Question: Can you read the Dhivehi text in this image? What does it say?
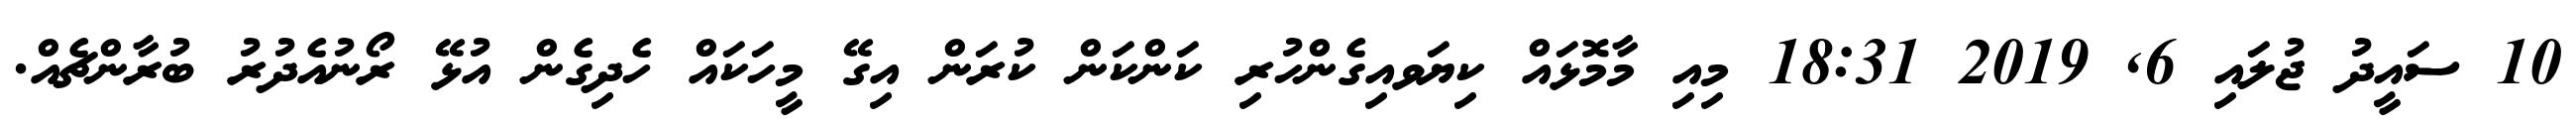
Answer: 10 ސައީދު ޖުލައި 6, 2019 18:31 މިއި މާމޮޅައް ކިޔަވއިގެންހުރި ކަންކަން ކުރަން އިގޭ މީހަކައް ހެދިގެން އުޅޭ ރޯނުއެދުރު ބުރާންޗެއް.